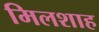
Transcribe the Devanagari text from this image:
मिलशाह